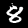
Label: 8